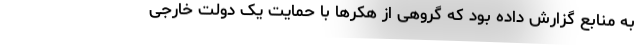
به منابع گزارش داده بود که گروهی از هکر‌ها با حمایت یک دولت خارجی